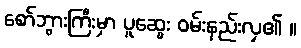
စော်ဘွားကြီးမှာ ပူဆွေး ဝမ်းနည်းလှ၏ ။